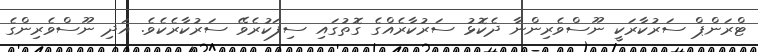
ޓްރަންޕް ސަރުކާރަކީ ނޫސްވެރިންނާ ދެކޮޅު ސަރުކާރެއްގެ ގޮތުގައި ސިފަކުރެވޭ ސަރުކާރެކެވެ. އަދި ނޫސްވެރިންގެ